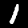
Digit: 1